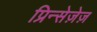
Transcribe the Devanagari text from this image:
प्रिन्सेज़ेज़